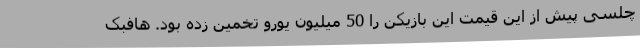
چلسی پیش از این قیمت این بازیکن را 50 میلیون یورو تخمین زده بود. هافبک